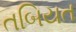
તબિયત